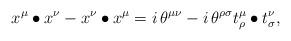
LaTeX: \begin{align*}x^\mu\bullet x^\nu - x^\nu\bullet x^\mu = i\,\theta^{\mu\nu} - i\,\theta^{\rho \sigma} t^\mu_\rho\bullet t^\nu_\sigma ,\end{align*}